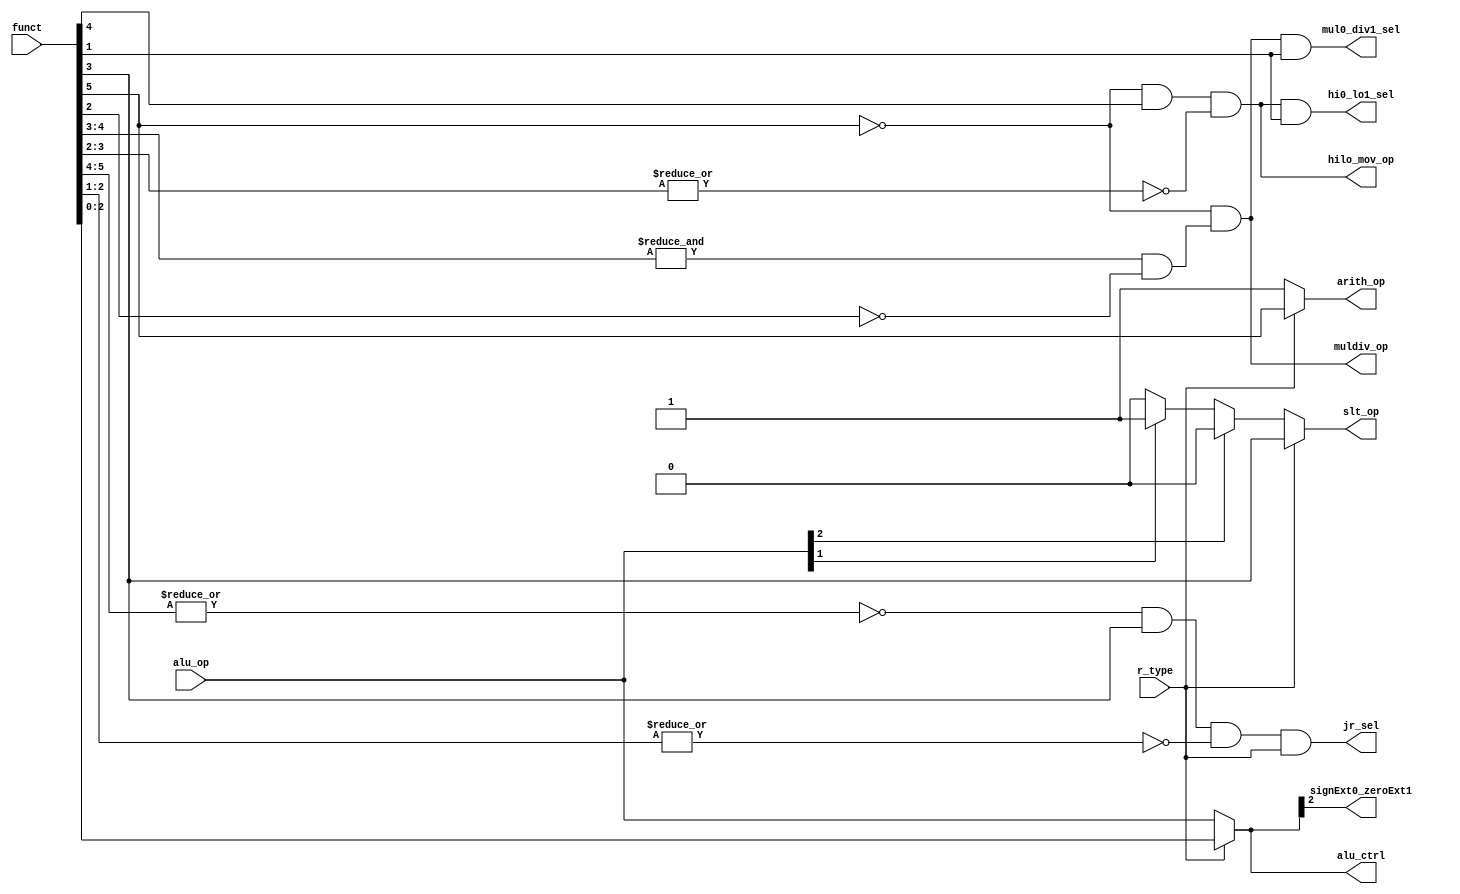
`timescale 1ns / 1ps

module auxdec (
	input  wire [2:0] alu_op,
	input  wire [5:0] funct,
	input  wire		  r_type,
	output wire [2:0] alu_ctrl,
	output wire       slt_op,
	output wire	      arith_op,
	output wire       hilo_mov_op,
	output wire	      hi0_lo1_sel,
	output wire       mul0_div1_sel,
	output wire		  jr_sel,
	output wire       signExt0_zeroExt1,
	output wire	      muldiv_op
);

wire jump_reg_op;


assign slt_op = 
	(r_type)     ? funct[3] :
	(alu_op[2])  ? 1'b0     :
	(~alu_op[1]) ? 1'b0     : 1'b1;


assign alu_ctrl = (r_type) ? funct[2:0] : alu_op;
assign arith_op = (r_type) ? funct[5]   : 1'b1;

assign signExt0_zeroExt1 = alu_ctrl[2];


assign hilo_mov_op = (~funct[5] & funct[4] & ~|funct[3:2]);
assign hi0_lo1_sel = hilo_mov_op & funct[1];


assign muldiv_op = ~funct[5] & (&funct[4:3] & ~funct[2]);
assign mul0_div1_sel = muldiv_op & funct[1];

assign jump_reg_op = ~|(funct[5:4]) & funct[3] & ~|(funct[2:1]);

assign jr_sel = jump_reg_op & r_type; 

endmodule